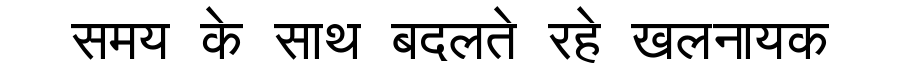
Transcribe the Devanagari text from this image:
समय के साथ बदलते रहे खलनायक